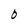
Character: O